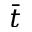
\bar { t }